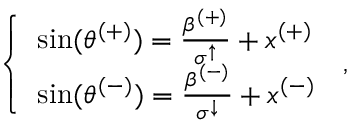
\begin{array} { r } { \left\{ \begin{array} { l l } { \sin ( \theta ^ { ( + ) } ) = \frac { \beta ^ { ( + ) } } { \sigma ^ { \uparrow } } + x ^ { ( + ) } } \\ { \sin ( \theta ^ { ( - ) } ) = \frac { \beta ^ { ( - ) } } { \sigma ^ { \downarrow } } + x ^ { ( - ) } } \end{array} \right. \, , } \end{array}